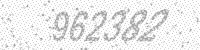
Solution: 962382